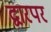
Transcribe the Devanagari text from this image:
द्वारपर